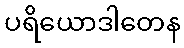
ပရိယောဒါတေန